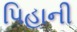
પિહાની